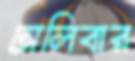
ঢালিবার